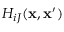
H _ { i J } ( { \bf x } , { \bf x } ^ { \prime } )